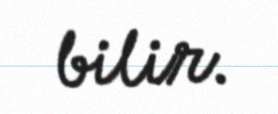
bilir.